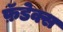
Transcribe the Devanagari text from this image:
फ़ॅडेक्स